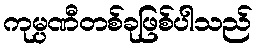
ကုမ္ပဏီတစ်ခုဖြစ်ပါသည်